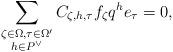
LaTeX: \begin{align*}\sum_{\substack{\zeta\in\Omega, \tau\in \Omega^\prime \\ h\in P^\vee}} C_{\zeta, h,\tau} f_\zeta q^h e_{\tau} = 0,\end{align*}